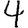
Digit: 4